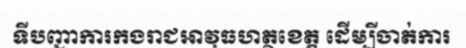
ទីបញ្ជាការកងរាជអាវុធហត្ថខេត្ត ដើម្បីចាត់ការ